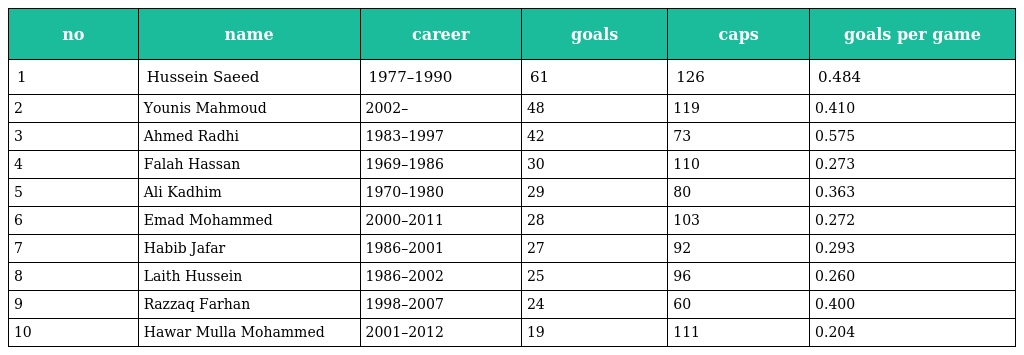
| no | name | career | goals | caps | goals per game |
 | --- | --- | --- | --- | --- | --- |
 | 1 | Hussein Saeed | 1977–1990 | 61 | 126 | 0.484 |
 | 2 | Younis Mahmoud | 2002– | 48 | 119 | 0.410 |
 | 3 | Ahmed Radhi | 1983–1997 | 42 | 73 | 0.575 |
 | 4 | Falah Hassan | 1969–1986 | 30 | 110 | 0.273 |
 | 5 | Ali Kadhim | 1970–1980 | 29 | 80 | 0.363 |
 | 6 | Emad Mohammed | 2000–2011 | 28 | 103 | 0.272 |
 | 7 | Habib Jafar | 1986–2001 | 27 | 92 | 0.293 |
 | 8 | Laith Hussein | 1986–2002 | 25 | 96 | 0.260 |
 | 9 | Razzaq Farhan | 1998–2007 | 24 | 60 | 0.400 |
 | 10 | Hawar Mulla Mohammed | 2001–2012 | 19 | 111 | 0.204 |